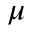
\mu